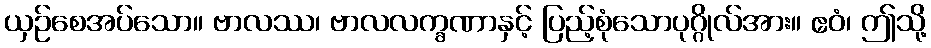
ယှဉ်စေအပ်သော။ ဗာလဿ၊ ဗာလလက္ခဏာနှင့် ပြည့်စုံသောပုဂ္ဂိုလ်အား။ ဧဝံ၊ ဤသို့